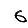
Digit: 6